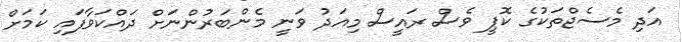
އަދި މެސެޖްތަކުގެ ކޮޕީ ވެސް ރައީސް މިއަދު ވަނީ މެންބަރުންނަށް ދައްކަވާފައި ކަމަށް